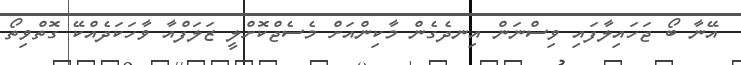
އޭނާ ބޯ ޖަހައިލާފައި ވިސްނަން އިނދެގެން މާކިންއަށް މެސެޖްކޮށްލީ ޒަލަފްއާ ވާހަކަދެއްކޭ ގޮތްވިތޯ